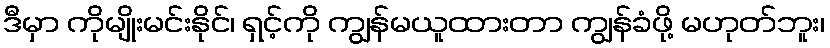
ဒီမှာ ကိုမျိုးမင်းနိုင်၊ ရှင့်ကို ကျွန်မယူထားတာ ကျွန်ခံဖို့ မဟုတ်ဘူး၊